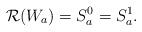
LaTeX: \begin{align*}\mathcal{R}(W_a)=S_a^0=S_a^1.\end{align*}